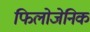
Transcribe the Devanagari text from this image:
फिलोजेनिक